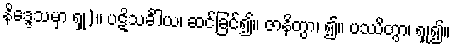
နိဒ္ဒေသမှာ ရှု)။ ပဋိသင်္ခါယ၊ ဆင်ခြင်၍။ ဇာနိတွာ၊ ၍။ ပဿိတွာ၊ ရှု၍။